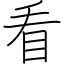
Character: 看